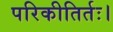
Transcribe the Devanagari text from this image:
परिकीतिर्तः।